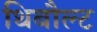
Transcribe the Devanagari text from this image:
थिबौल्ट